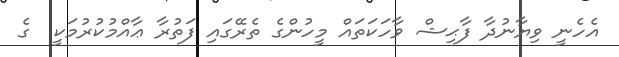
އެހެނީ ވިޔާނުދާ ފާޙިޝް ވާހަކަތައް މީހުންގެ ތެރޭގައި ފަތުރާ ޢާއްމުކުރުމަކީ  ގެ